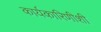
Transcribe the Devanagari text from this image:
कार्यकारिणीशी